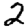
Digit: 2